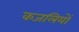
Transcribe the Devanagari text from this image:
कजलियों